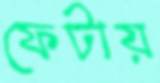
ফেটায়